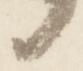
候